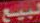
لبيع